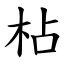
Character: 枮